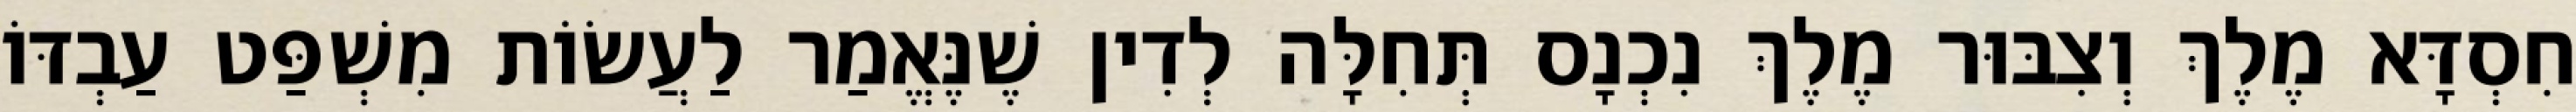
חִסְדָּא מֶלֶךְ וְצִבּוּר מֶלֶךְ נִכְנָס תְּחִלָּה לְדִין שֶׁנֶּאֱמַר לַעֲשׂוֹת מִשְׁפַּט עַבְדּוֹ